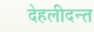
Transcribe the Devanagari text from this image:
देहलीदन्त